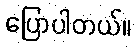
ပြောပါတယ်။